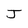
Character: J